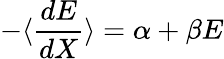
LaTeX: -\langle{\frac{dE}{dX}}\rangle=\alpha+\beta E